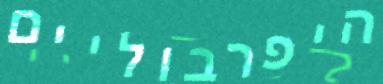
היפרבוליים